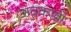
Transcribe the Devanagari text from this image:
अवकाडाे